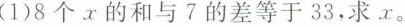
(1)8个x的和与7的差等于33，求x。